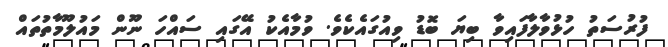
ފުރުސަތު ހުޅުވާލާފައިވާ ބިޔަ ބޮޑު ވިއުގައެކެވެ. ވުމާއެކު އޭގައި ސައްހަ ނޫން މައުލޫމާތުތައް